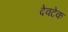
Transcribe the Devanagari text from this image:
देवटेक